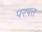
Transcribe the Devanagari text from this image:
परपत